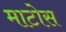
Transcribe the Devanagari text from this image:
माटोस